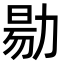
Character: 𠢃